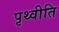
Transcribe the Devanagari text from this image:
पृथ्वीति